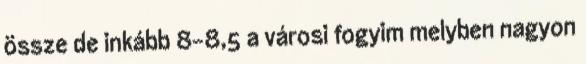
össze de inkább 8-8,5 a városi fogyim melyben nagyon